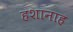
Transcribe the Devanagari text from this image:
हशानाह